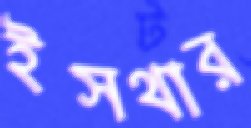
ইসথার